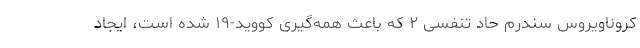
کروناویروس سندرم حاد تنفسی ۲ که باعث همه‌گیری کووید-۱۹ شده است، ایجاد